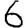
Digit: 6